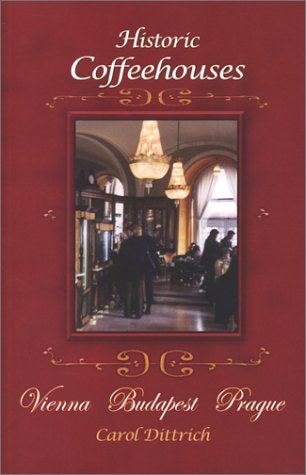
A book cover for Historic Coffeehouses: Vienna, Budapest, Prague; Carol Dittrich; Travel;